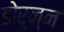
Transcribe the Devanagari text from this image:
डोर्न्न